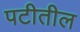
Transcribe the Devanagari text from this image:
पटीतील